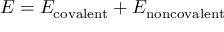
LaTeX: \ E = E _ { \mathrm { c o v a l e n t } } + E _ { \mathrm { n o n c o v a l e n t } }